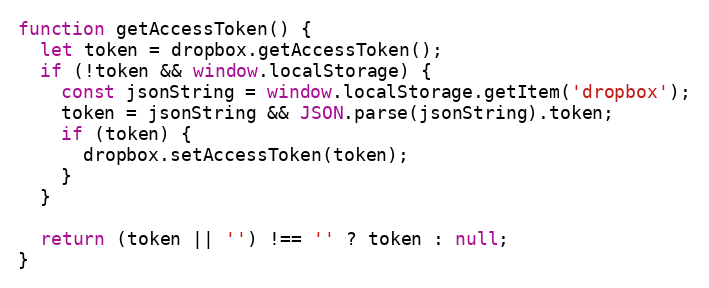
Language: JavaScript
function getAccessToken() {
  let token = dropbox.getAccessToken();
  if (!token && window.localStorage) {
    const jsonString = window.localStorage.getItem('dropbox');
    token = jsonString && JSON.parse(jsonString).token;
    if (token) {
      dropbox.setAccessToken(token);
    }
  }

  return (token || '') !== '' ? token : null;
}